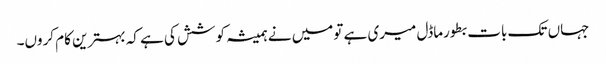
جہاں تک بات بطورماڈل میری ہے تومیں نے ہمیشہ کوشش کی ہے کہ بہترین کام کروں۔